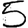
Digit: 5